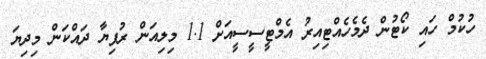
ހުކުމް ހައި ކޯޓުން ދެމެހެއްޓިއިރު އެމްޓީސީސީއަށް 1.1 މިލިއަން ރުފިޔާ ދައްކަން މިދިޔަ